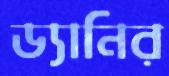
ড্যানির